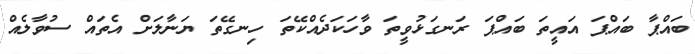
ބައްޕާ ބައްޕަ އައީތަ ބައްޕަ ރަނގަޅުވީތަ ވާހަކަދެއްކޭތަ ހިނގޭތަ ޔަނާލަށް އެތައް ސުވާލެއް